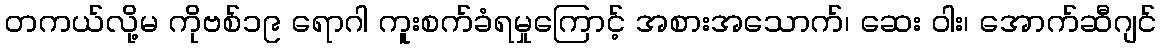
တကယ်လို့မ ကိုဗစ်၁၉ ရောဂါ ကူးစက်ခံရမှုကြောင့် အစားအသောက်၊ ဆေး ဝါး၊ အောက်ဆီဂျင်